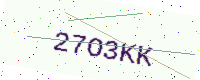
Text: 27O3KK